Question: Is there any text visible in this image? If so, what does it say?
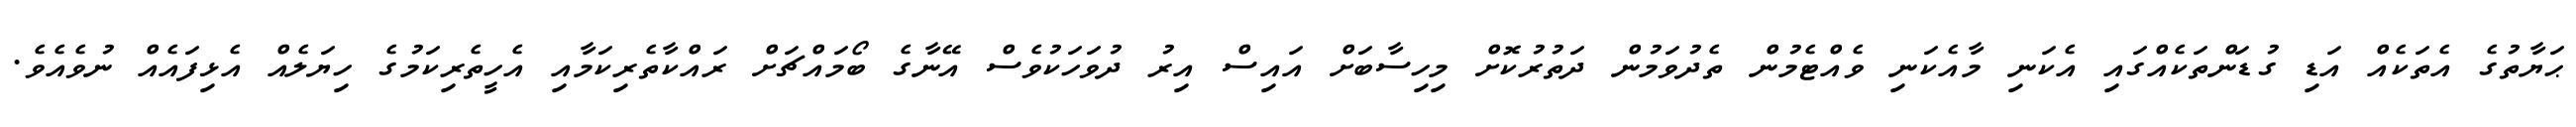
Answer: ޙަޔާތުގެ އެތަކެއް އަޑި ގުޑަންތަކެއްގައި އެކަނި މާއެކަނި ވެއްޓެމުން ތެދުވަމުން ދަތުރުކޮށް މިހިސާބަށް އައިސް އިރު ދުވަހަކުވެސް އޭނާގެ ބޯމައްޗަށް ރައްކާތެރިކަމާއި އެހީތެރިކަމުގެ ހިޔަލެއް އެޅިފައެއް ނުވެއެވެ.